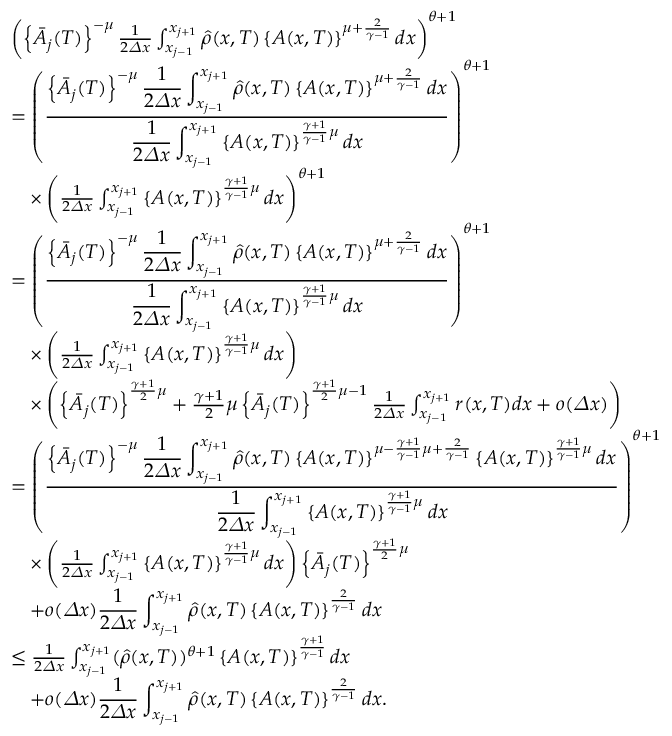
\begin{array} { r l } & { \left( \left\{ \bar { A } _ { j } ( T ) \right\} ^ { - \mu } \frac 1 { 2 { \varDelta } x } \int _ { x _ { j - 1 } } ^ { x _ { j + 1 } } \hat { \rho } ( x , T ) \left\{ A ( x , T ) \right\} ^ { \mu + \frac { 2 } { \gamma - 1 } } d x \right) ^ { \theta + 1 } } \\ & { = \left( \frac { \displaystyle { \left\{ \bar { A } _ { j } ( T ) \right\} ^ { - \mu } \frac 1 { 2 { \varDelta } x } \int _ { x _ { j - 1 } } ^ { x _ { j + 1 } } \hat { \rho } ( x , T ) \left\{ A ( x , T ) \right\} ^ { \mu + \frac { 2 } { \gamma - 1 } } d x } } { \displaystyle { \frac 1 { 2 { \varDelta } x } \int _ { x _ { j - 1 } } ^ { x _ { j + 1 } } \left\{ A ( x , T ) \right\} ^ { \frac { \gamma + 1 } { \gamma - 1 } \mu } d x } } \right) ^ { \theta + 1 } } \\ & { \quad \times \left( \frac 1 { 2 { \varDelta } x } \int _ { x _ { j - 1 } } ^ { x _ { j + 1 } } \left\{ A ( x , T ) \right\} ^ { \frac { \gamma + 1 } { \gamma - 1 } \mu } d x \right) ^ { \theta + 1 } } \\ & { = \left( \frac { \displaystyle { \left\{ \bar { A } _ { j } ( T ) \right\} ^ { - \mu } \frac 1 { 2 { \varDelta } x } \int _ { x _ { j - 1 } } ^ { x _ { j + 1 } } \hat { \rho } ( x , T ) \left\{ A ( x , T ) \right\} ^ { \mu + \frac { 2 } { \gamma - 1 } } d x } } { \displaystyle { \frac 1 { 2 { \varDelta } x } \int _ { x _ { j - 1 } } ^ { x _ { j + 1 } } \left\{ A ( x , T ) \right\} ^ { \frac { \gamma + 1 } { \gamma - 1 } \mu } d x } } \right) ^ { \theta + 1 } } \\ & { \quad \times \left( \frac 1 { 2 { \varDelta } x } \int _ { x _ { j - 1 } } ^ { x _ { j + 1 } } \left\{ A ( x , T ) \right\} ^ { \frac { \gamma + 1 } { \gamma - 1 } \mu } d x \right) } \\ & { \quad \times \left( \left\{ \bar { A } _ { j } ( T ) \right\} ^ { \frac { \gamma + 1 } { 2 } \mu } + \frac { \gamma + 1 } { 2 } \mu \left\{ \bar { A } _ { j } ( T ) \right\} ^ { \frac { \gamma + 1 } { 2 } \mu - 1 } \frac 1 { 2 { \varDelta } x } \int _ { x _ { j - 1 } } ^ { x _ { j + 1 } } r ( x , T ) d x + o ( { \varDelta } x ) \right) } \\ & { = \left( \frac { \displaystyle { \left\{ \bar { A } _ { j } ( T ) \right\} ^ { - \mu } \frac 1 { 2 { \varDelta } x } \int _ { x _ { j - 1 } } ^ { x _ { j + 1 } } \hat { \rho } ( x , T ) \left\{ A ( x , T ) \right\} ^ { \mu - \frac { \gamma + 1 } { \gamma - 1 } \mu + \frac { 2 } { \gamma - 1 } } \left\{ A ( x , T ) \right\} ^ { \frac { \gamma + 1 } { \gamma - 1 } \mu } d x } } { \displaystyle { \frac 1 { 2 { \varDelta } x } \int _ { x _ { j - 1 } } ^ { x _ { j + 1 } } \left\{ A ( x , T ) \right\} ^ { \frac { \gamma + 1 } { \gamma - 1 } \mu } d x } } \right) ^ { \theta + 1 } } \\ & { \quad \times \left( \frac 1 { 2 { \varDelta } x } \int _ { x _ { j - 1 } } ^ { x _ { j + 1 } } \left\{ A ( x , T ) \right\} ^ { \frac { \gamma + 1 } { \gamma - 1 } \mu } d x \right) \left\{ \bar { A } _ { j } ( T ) \right\} ^ { \frac { \gamma + 1 } { 2 } \mu } } \\ & { \quad + o ( { \varDelta } x ) { \displaystyle { \frac 1 { 2 { \varDelta } x } \int _ { x _ { j - 1 } } ^ { x _ { j + 1 } } \hat { \rho } ( x , T ) \left\{ A ( x , T ) \right\} ^ { \frac { 2 } { \gamma - 1 } } d x } } } \\ & { \leq \frac 1 { 2 { \varDelta } x } \int _ { x _ { j - 1 } } ^ { x _ { j + 1 } } ( \hat { \rho } ( x , T ) ) ^ { \theta + 1 } \left\{ A ( x , T ) \right\} ^ { \frac { \gamma + 1 } { \gamma - 1 } } d x } \\ & { \quad + o ( { \varDelta } x ) { \displaystyle { \frac 1 { 2 { \varDelta } x } \int _ { x _ { j - 1 } } ^ { x _ { j + 1 } } \hat { \rho } ( x , T ) \left\{ A ( x , T ) \right\} ^ { \frac { 2 } { \gamma - 1 } } d x } } . } \end{array}